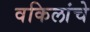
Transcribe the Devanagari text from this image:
वकिलांचे